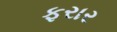
ફરાર